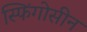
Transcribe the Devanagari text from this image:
स्फिंगोसीन